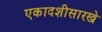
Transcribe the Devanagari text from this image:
एकादशीसारखे